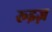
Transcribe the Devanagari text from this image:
रूइज़